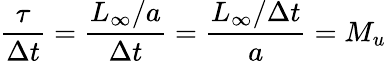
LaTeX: \frac{\tau}{\Delta t}=\frac{L_{\infty}/a}{\Delta t}=\frac{L_{\infty}/\Delta t}{a}=M_{u}